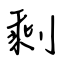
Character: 剩